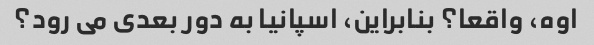
اوه، واقعا؟ بنابراین، اسپانیا به دور بعدی می رود؟